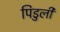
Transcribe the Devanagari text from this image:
पिडुली